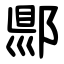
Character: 郻